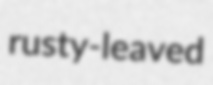
rusty-leaved